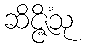
ဆိဇ္ဇိံသု